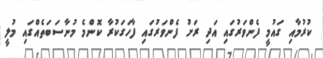
ކުރުމާއި ގައުމީ ފެންވަރުގައި އަދި ރަށު ފެންވަރުގައި ފާހަގަކުރާ ކޮންމެ މުނާސަބަތެއްގައި މުލީ